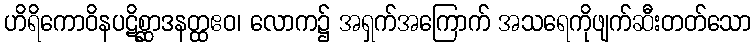
ဟိရိကောဝိနပဋိစ္ဆာဒနတ္ထဧဝ၊ လောက၌ အရှက်အကြောက် အသရေကိုဖျက်ဆီးတတ်သော